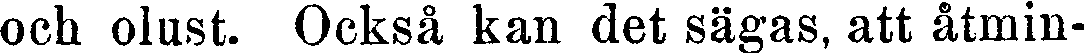
och olust. Också kan det sägas, att åtmin-